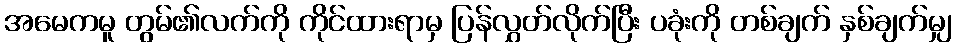
အမေကမူ တွမ်၏လက်ကို ကိုင်ထားရာမှ ပြန်လွှတ်လိုက်ပြီး ပခုံးကို တစ်ချက် နှစ်ချက်မျှ